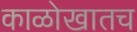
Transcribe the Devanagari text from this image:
काळोखातच